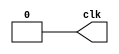
module clock(clk);
`timescale 100ns/1ps
output reg clk;
initial
	begin
		clk <= 0;
	end
always
	begin
		#31.25
		clk <= 1;
		#31.25
		clk <= 0;
	end
endmodule